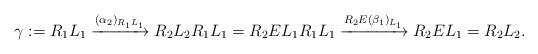
LaTeX: \begin{align*}\gamma := R_1L_1\xrightarrow{(\alpha_2)_{R_1L_1}} R_2L_2 R_1 L_1= R_2 E L_1 R_1 L_1 \xrightarrow{R_2E(\beta_1)_{L_1}} R_2 E L_1=R_2 L_2.\end{align*}